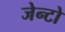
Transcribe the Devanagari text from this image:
जेन्टो